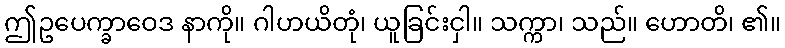
ဤဥပေက္ခာဝေဒ နာကို။ ဂါဟယိတုံ၊ ယူခြင်းငှါ။ သက္ကာ၊ သည်။ ဟောတိ၊ ၏။